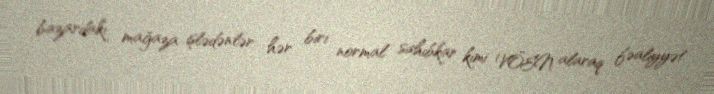
bazardakı mağaza işlədənlər hər biri normal sahibkar kimi VÖEN alaraq fəaliyyət